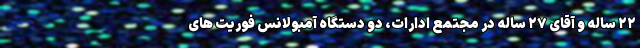
۲۲ ساله و آقای ۲۷ ساله در مجتمع ادارات، دو دستگاه آمبولانس فوریت های